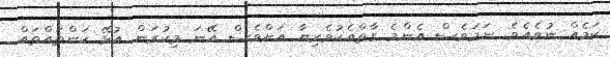
ކަމެއް ނުވެއެވެ. ނަމަވެސް އެންމެ ގާތްއެކުވެރިޔާ އަށްވެސް އޭނަ މިކުރަން އުޅޭ ކަންތައްތައް